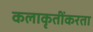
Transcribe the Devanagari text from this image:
कलाकृतींकरता